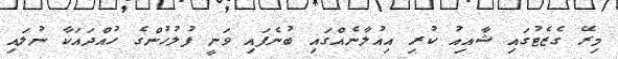
މިރޭ ގެޒެޓުގައި ޝާއިއު ކުރި އިއުލާނެއްގައި ބުނެފައި ވަނީ ފުލުހުންގެ ހުއްދައަކާ ނުލައި